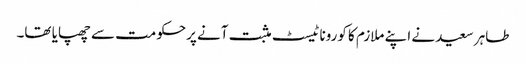
طاہر سعید نے اپنے ملازم کا کورونا ٹیسٹ مثبت آنے پرحکومت سے چھپایا تھا۔